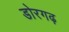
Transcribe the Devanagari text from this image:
डोरगढ़